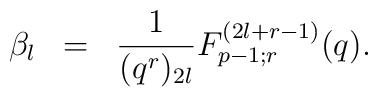
\begin{array}{rcl}\beta_l & = & \displaystyle\frac{1}{(q^{r})_{2l}} F^{(2l+r-1)}_{p-1;r}(q).\end{array}